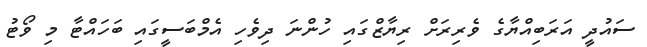
ސައުދީ އަރަބިއްޔާގެ ވެރިރަށް ރިޔާޒްގައި ހުންނަ ދިވެހި އެމްބަސީގައި ބަހައްޓާ މި ވޯޓު